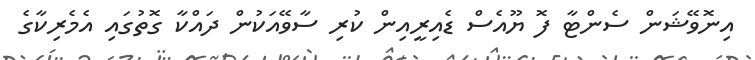
އިނޮވޭޝަން ސެންޓާ ފޮ ޔޫއެސް ޑެއިރީއިން ކުރި ސާވޭއަކުން ދައްކާ ގޮތުގައި އެމެރިކާގެ